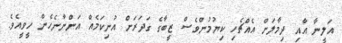
އަލީނާ އާއި ދިމާލަށް އެއްޗެހި ކިޔުމުންވެސް ޒީބާގެ ގަދަރަށް އުނިކަމެއް އަންނާނެހެން ހީވީއެވެ.